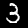
Label: 3